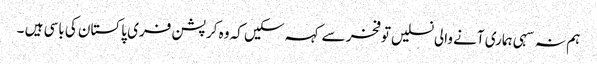
ہم نہ سہی ہماری آنے والی نسلیں توفخر سے کہہ سکیں کہ وہ کرپشن فری پاکستان کی باسی ہیں ۔